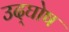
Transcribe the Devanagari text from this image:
उद्‌घोष